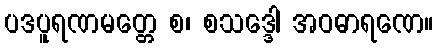
ပဒပူရဏမတ္တေ စ၊ စသဒ္ဒေါ အဝဓာရဏေ။